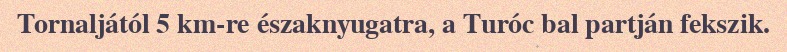
Tornaljától 5 km-re északnyugatra, a Turóc bal partján fekszik.